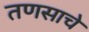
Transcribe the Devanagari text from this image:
तणसाचे